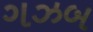
ગઝબ